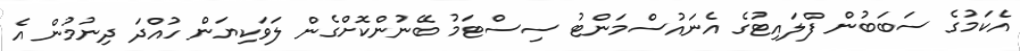
އެކަމުގެ ސަބަބުން ފްލައިޓުގެ އެނައުސްމަންޓު ސިސްޓަމު ބޭނުންކޮށްގެން ލަވަކިޔަން ހުއްދަ ދިނުމުން އެ